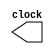
module clock
 ( output reg clock );

initial begin
	clock = 1'b0;
end

always begin
	#10	//idk how long that is,
		//but timescale probably sets time for entire project
		//so i'm gonna clarify this one later
	clock = !clock;
end

endmodule